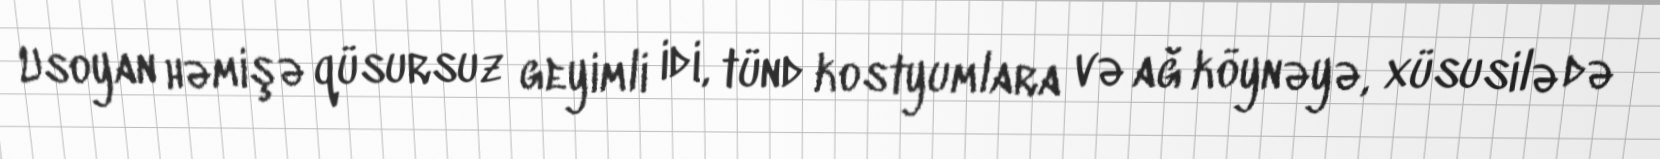
Usoyan həmişə qüsursuz geyimli idi, tünd kostyumlara və ağ köynəyə, xüsusilə də